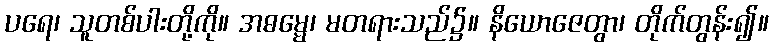
ပရေ၊ သူတစ်ပါးတို့ကို။ အဓမ္မေ၊ မတရားသည်၌။ နိယောဇေတွာ၊ တိုက်တွန်း၍။